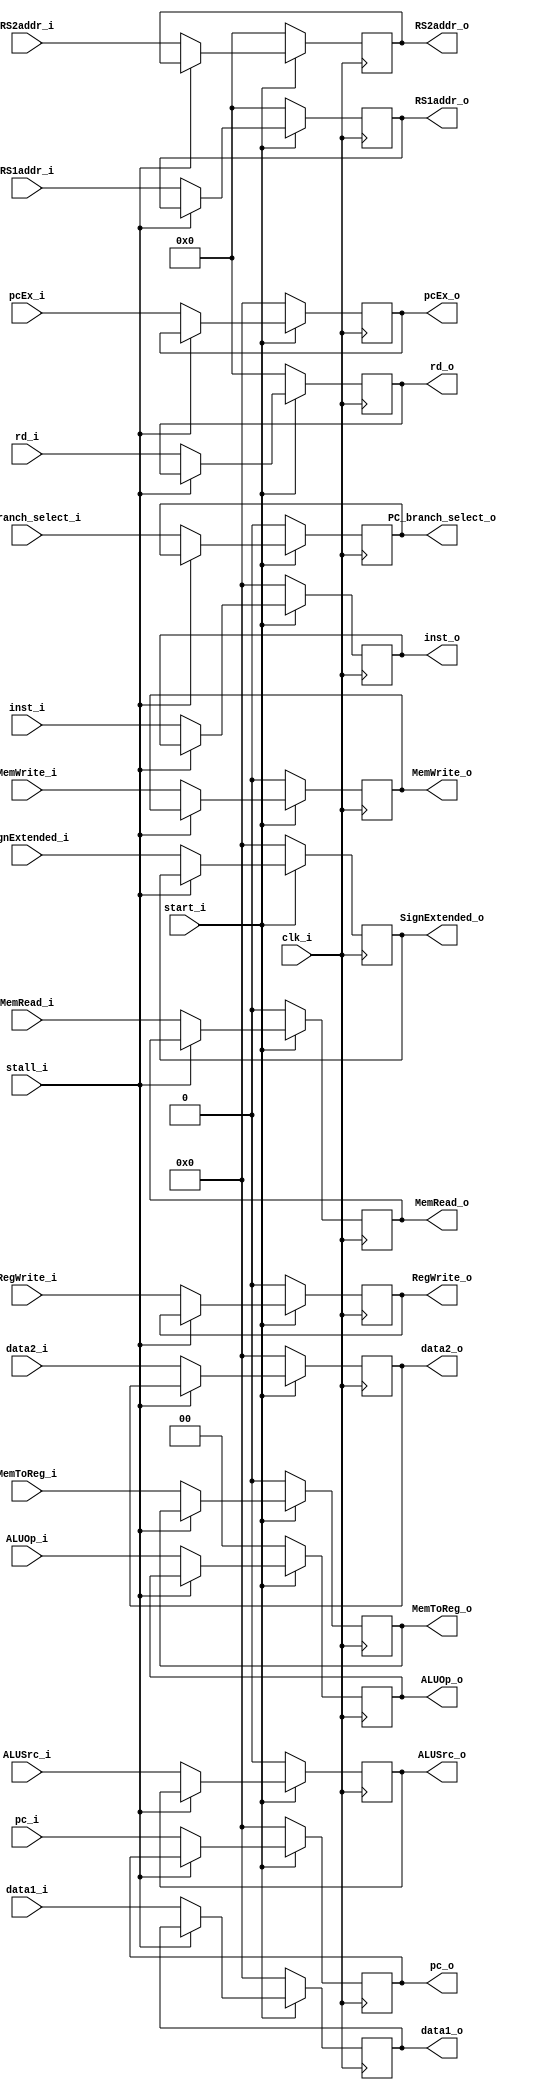
module ID_EX
(
	clk_i,
	start_i,
	stall_i, 
	inst_i,
	pc_i,
	pcEx_i,
	RegWrite_i,
	MemToReg_i,
	MemRead_i,
	MemWrite_i,
	ALUOp_i,
	ALUSrc_i,
	rd_i,
	data1_i,
	data2_i,
	SignExtended_i,
	RS1addr_i,     
    RS2addr_i,
	RegWrite_o,
	MemToReg_o,
	MemRead_o,
	MemWrite_o,
	ALUOp_o,
	ALUSrc_o,
	inst_o,
	PC_branch_select_i,
	SignExtended_o,
	rd_o,
	PC_branch_select_o,
	pc_o,
	pcEx_o,
	data1_o,
	data2_o,
	RS1addr_o,
	RS2addr_o
);

input	clk_i, stall_i,ALUSrc_i, RegWrite_i, MemToReg_i, MemRead_i, MemWrite_i, start_i; 
input	[31:0]	inst_i, pc_i, data1_i, data2_i, SignExtended_i;
input	[1:0]	ALUOp_i;
input 	[4:0]	rd_i,RS1addr_i,RS2addr_i;
input  [31:0] pcEx_i;
input PC_branch_select_i;

output	ALUSrc_o, RegWrite_o, MemToReg_o, MemRead_o, MemWrite_o;  
output	[31:0]	inst_o, pc_o, data1_o, data2_o, SignExtended_o;
output	[1:0]	ALUOp_o;
output 	[4:0]	rd_o,RS1addr_o,RS2addr_o;
output  [31:0] pcEx_o;
output reg PC_branch_select_o;

reg	ALUSrc_o, RegWrite_o, MemToReg_o, MemRead_o, MemWrite_o;  
reg	[31:0]	inst_o, pc_o, data1_o, data2_o, SignExtended_o,pcEx_o;
reg	[1:0]	ALUOp_o;
reg [4:0]	rd_o,RS1addr_o,RS2addr_o;

always@(posedge clk_i) begin
	if(~start_i) begin
		inst_o <= 0;
		pc_o <= 0 ;
		data1_o <= 0;
		data2_o <= 0;
		SignExtended_o <= 0;
		rd_o <= 0;
		ALUOp_o <= 0;
		ALUSrc_o <= 0;
		RegWrite_o <= 0;
		MemToReg_o <= 0;
		MemRead_o <= 0;
		MemWrite_o <= 0;
		pcEx_o <= 0;
		PC_branch_select_o <=0;
		RS1addr_o <= 0;
		RS2addr_o <= 0;
	end
	else if (stall_i != 1) begin
		inst_o <= inst_i;
		pc_o <= pc_i ;
		data1_o <= data1_i;
		data2_o <= data2_i;
		SignExtended_o <= SignExtended_i;
		rd_o <= rd_i;
		ALUOp_o <= ALUOp_i;
		ALUSrc_o <= ALUSrc_i;
		RegWrite_o <= RegWrite_i;
		MemToReg_o <= MemToReg_i;
		MemRead_o <= MemRead_i;
		MemWrite_o <= MemWrite_i;
		pcEx_o <= pcEx_i;
		PC_branch_select_o <= PC_branch_select_i;
		RS1addr_o <= RS1addr_i;
		RS2addr_o <= RS2addr_i;
	end
end

endmodule